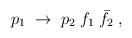
LaTeX: \begin{align*}p_1 \; \to \; p_2 \; f_1 \;\bar f_2\;,\end{align*}